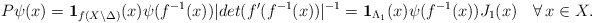
\begin{align*}P\psi(x)={\bf 1}_{f(X\setminus\Delta)}(x)\psi(f^{-1}(x))|det(f'(f^{-1}(x))|^{-1}={\bf 1}_{\Lambda_1}(x)\psi(f^{-1}(x))J_1(x)\quad\forall\, x\in X.\end{align*}